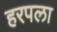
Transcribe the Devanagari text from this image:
हरपला